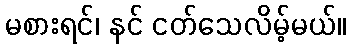
မစားရင်၊ နင် ငတ်သေလိမ့်မယ်။